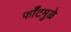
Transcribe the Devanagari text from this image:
फाँटमुळे